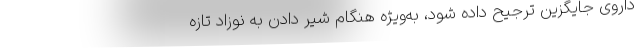
داروی جایگزین ترجیح داده شود، به‌ویژه هنگام شیر دادن به نوزاد تازه